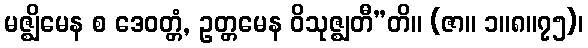
မဇ္ဈိမေန စ ဒေဝတ္တံ, ဥတ္တမေန ဝိသုဇ္ဈတီ”တိ။ (ဇာ။ ၁။၈။၇၅)၊